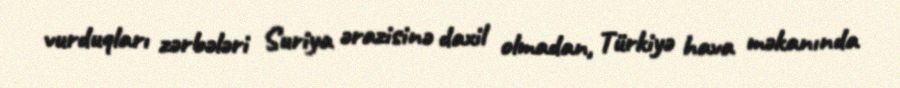
vurduqları zərbələri Suriya ərazisinə daxil olmadan, Türkiyə hava məkanında